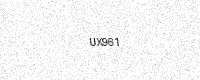
Text: UX961